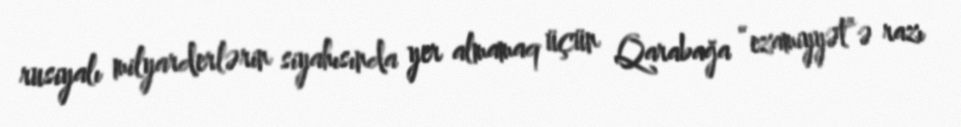
rusiyalı milyarderlərin siyahısında yer almamaq üçün Qarabağa “ezamiyyət”ə razı